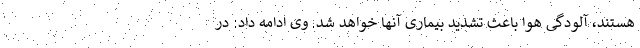
هستند، آلودگی هوا باعث تشدید بیماری آنها خواهد شد. وی ادامه داد: در